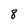
Character: 8